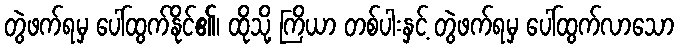
တွဲဖက်ရမှ ပေါ်ထွက်နိုင်၏၊ ထိုသို့ ကြိယာ တစ်ပါးနှင့် တွဲဖက်ရမှ ပေါ်ထွက်လာသော